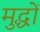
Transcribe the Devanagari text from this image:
मुद्धों